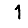
Digit: 1